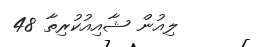
ލިއުން ޝާއިއުކުރިތާ 48